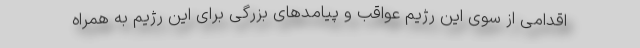
اقدامی از سوی این رژیم عواقب و پیامدهای بزرگی برای این رژیم به همراه